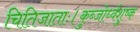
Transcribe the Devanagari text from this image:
चितिजाताः।कुब्जोर्ध्वशुष्क